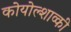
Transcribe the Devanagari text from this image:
कोयोल्शाव्की